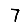
Digit: 7